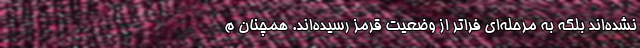
نشده‌اند بلکه به مرحله‌ای فراتر از وضعیت قرمز رسیده‌اند. همچنان م